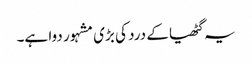
یہ گٹھیا کے درد کی بڑی مشہور دوا ہے۔